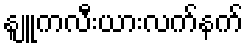
နျူကလီးယားလက်နက်